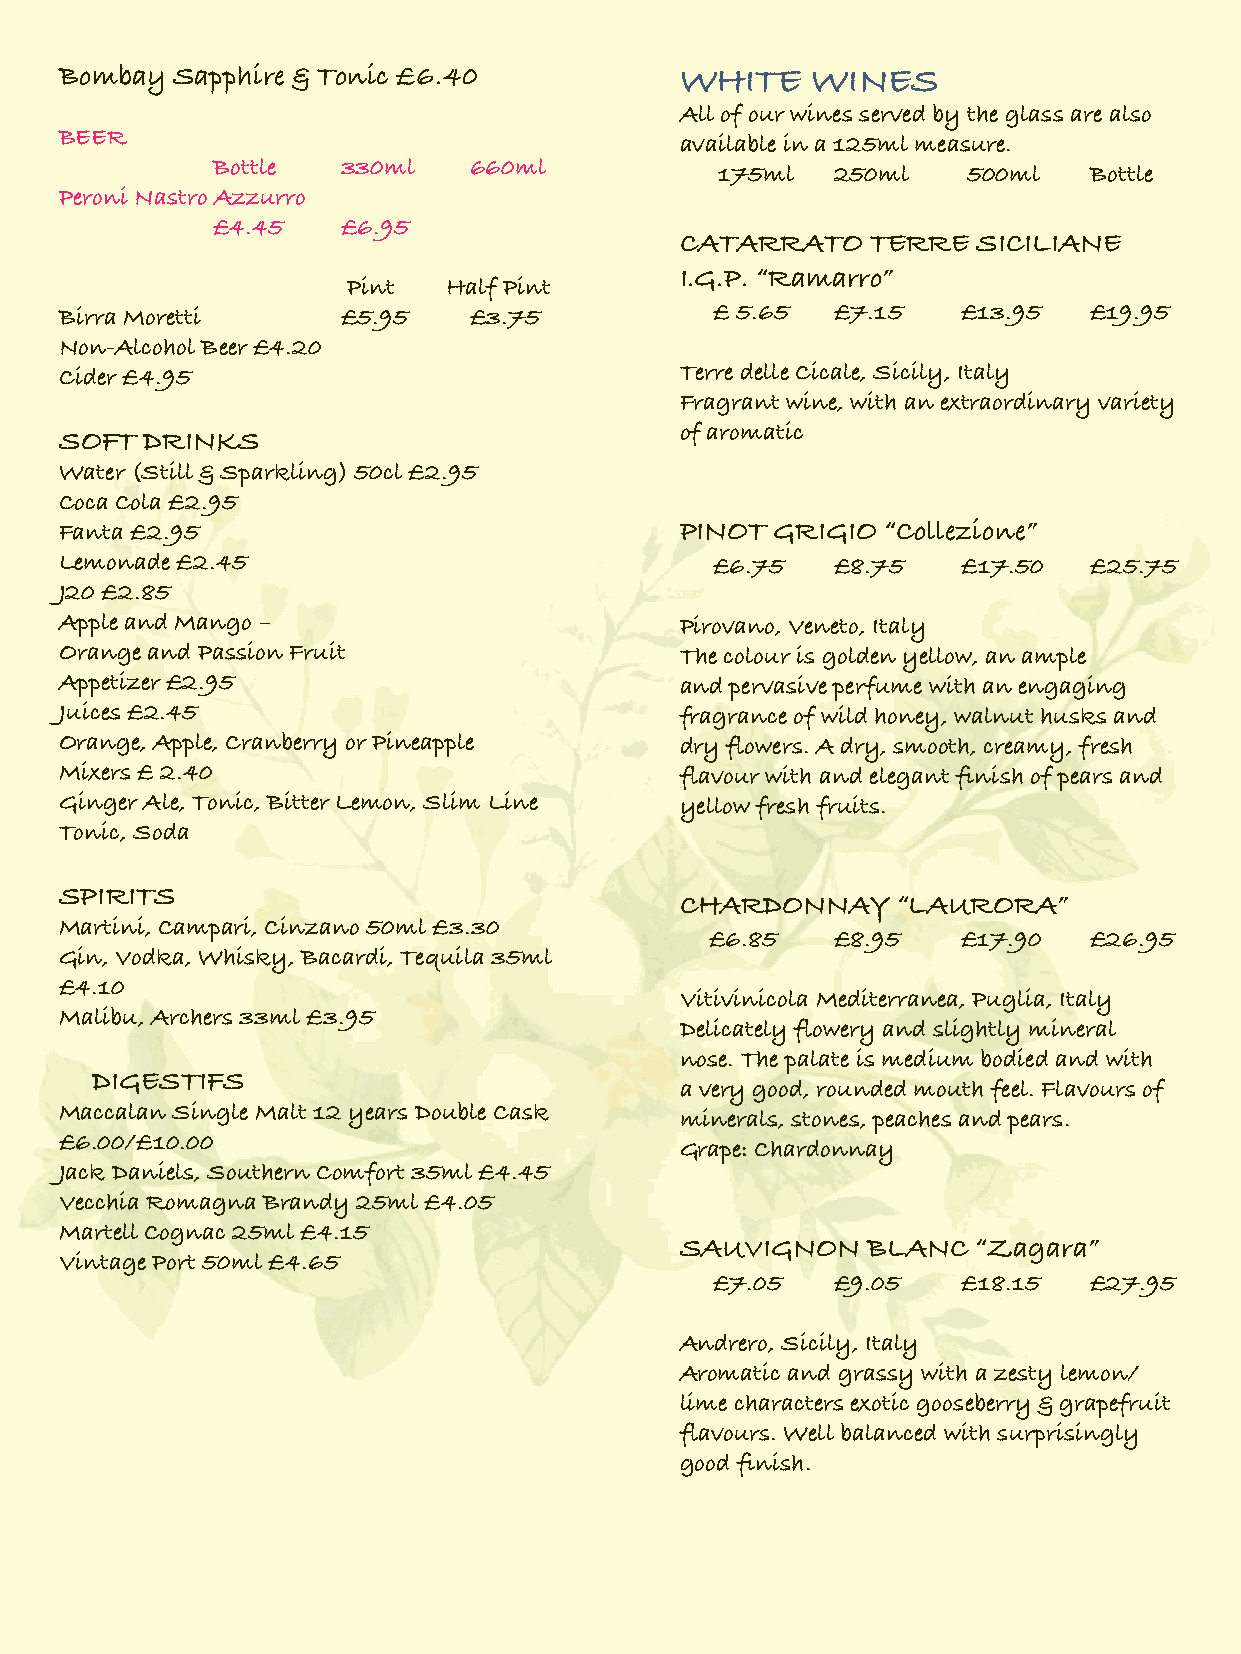
Bombay Sapphire & Tonic £6.40            WHITE    WINES
 All of our wines served by the glass are also
 BEER
 available in a 125ml measure.
 Bottle   330ml   660ml
 175ml   250ml    500ml   Bottle
 Peroni Nastro Azzurro
 £4.45    £6.95
 CATARRATO    TERRE  SICILIANE
 I.G.P. “Ramarro”
 Pint   Half Pint
 Birra Moretti      £5.95   £3.75           £ 5.65  £7.15    £13.95  £19.95
 Non-Alcohol Beer £4.20
 Cider £4.95                              Terre delle Cicale, Sicily, Italy
 Fragrant wine, with an extraordinary variety
 of aromatic
 SOFT  DRINKS
 Water (Still & Sparkling) 50cl £2.95
 Coca Cola £2.95
 Fanta £2.95                              PINOT GRIGIO “Collezione”
 Lemonade £2.45                             £6.75   £8.75    £17.50  £25.75
 J20 £2.85
 Apple and Mango –                        Pirovano, Veneto, Italy
 Orange and Passion Fruit                 The colour is golden yellow, an ample
 Appetizer £2.95                          and pervasive perfume with an engaging
 Juices £2.45                             fragrance of wild honey, walnut husks and
 Orange, Apple, Cranberry or Pineapple    dry flowers. A dry, smooth, creamy, fresh
 Mixers £ 2.40                            flavour with and elegant finish of pears and
 Ginger Ale, Tonic, Bitter Lemon, Slim Line yellow fresh fruits.
 Tonic, Soda
 SPIRITS
 CHARDONNAY    “LAURORA”
 Martini, Campari, Cinzano 50ml £3.30
 £6.85   £8.95    £17.90  £26.95
 Gin, Vodka, Whisky, Bacardi, Tequila 35ml
 £4.10
 Vitivinicola Mediterranea, Puglia, Italy
 Malibu, Archers 33ml £3.95
 Delicately flowery and slightly mineral
 nose. The palate is medium bodied and with
 DIGESTIFS
 a very good, rounded mouth feel. Flavours of
 Maccalan Single Malt 12 years Double Cask
 minerals, stones, peaches and pears.
 £6.00/£10.00
 Grape: Chardonnay
 Jack Daniels, Southern Comfort 35ml £4.45
 Vecchia Romagna Brandy 25ml £4.05
 Martell Cognac 25ml £4.15
 SAUVIGNON   BLANC   “Zagara”
 Vintage Port 50ml £4.65
 £7.05   £9.05    £18.15  £27.95
 Andrero, Sicily, Italy
 Aromatic and grassy with a zesty lemon/
 lime characters exotic gooseberry & grapefruit
 flavours. Well balanced with surprisingly
 good finish.